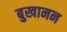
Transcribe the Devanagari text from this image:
बुखानन